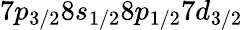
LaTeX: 7p_{3/2}8s_{1/2}8p_{1/2}7d_{3/2}